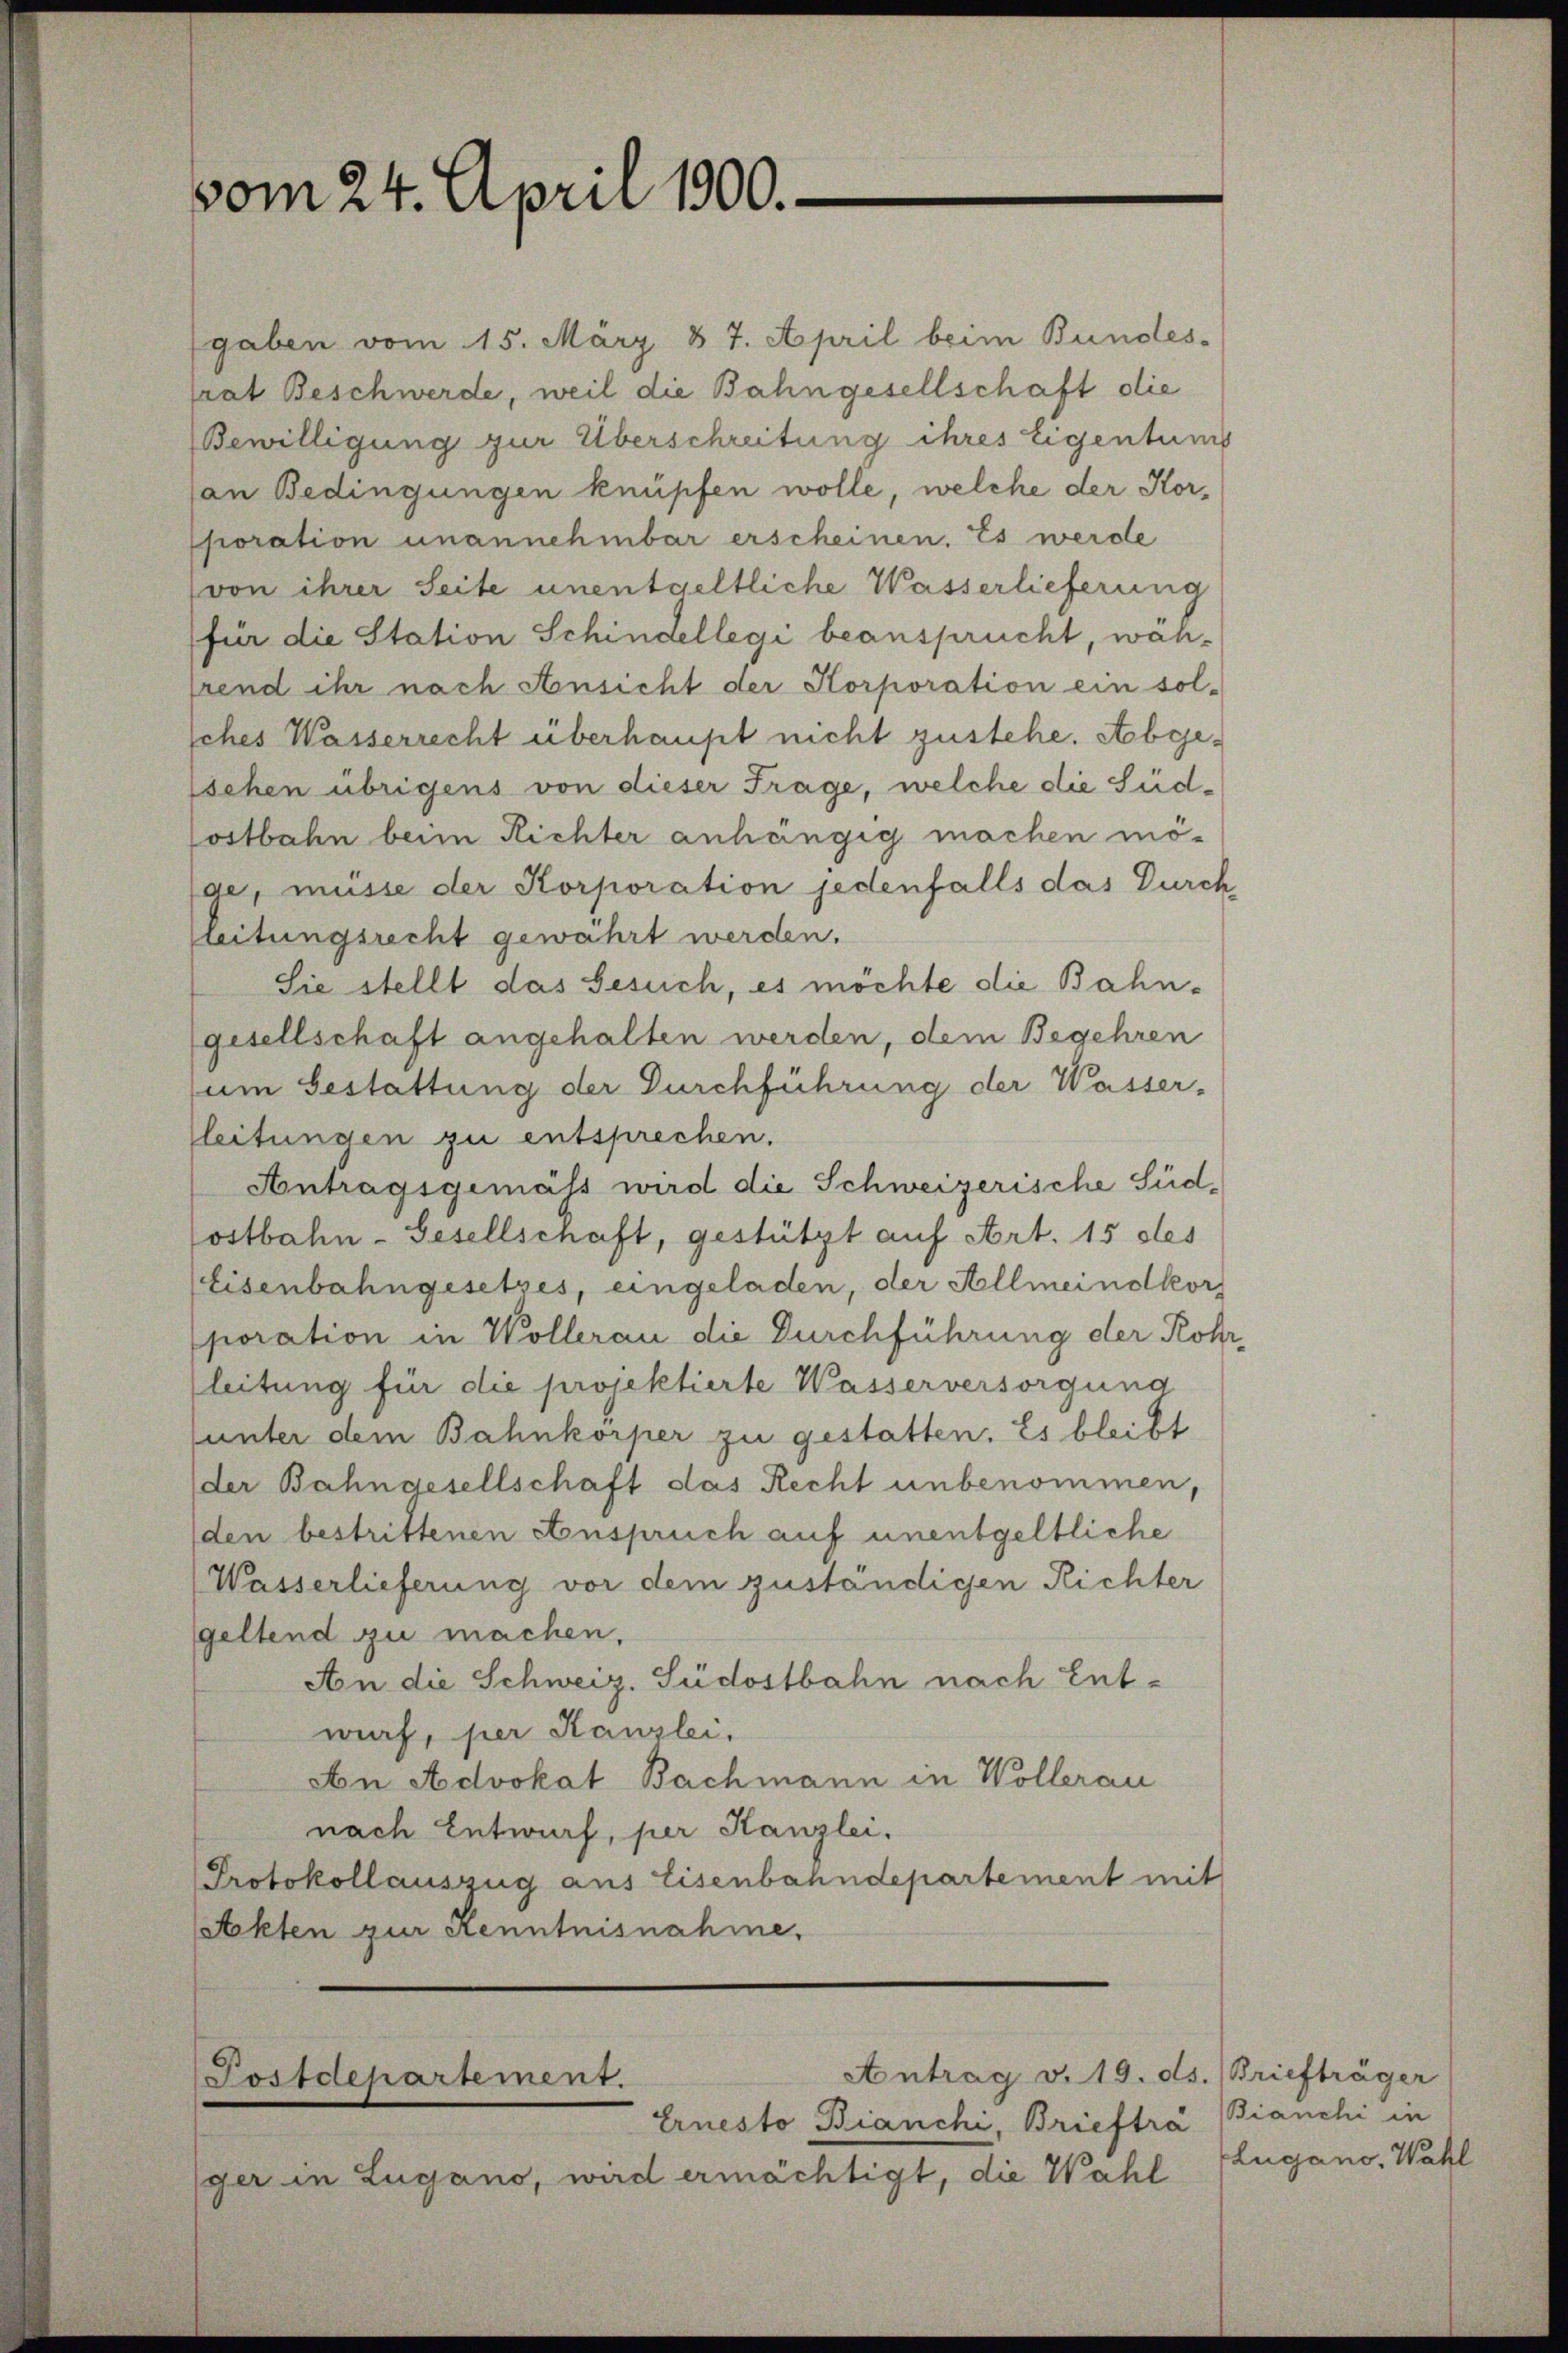
vom 24. April 1900.

gaben vom 15. März 87. April beim Bundes-
trat Beschwerde, weil die Bahngesellschaft die
Bewilligung zur Überschreitung ihres Eigentums
an Bedingungen knüpfen wolle, welche der Korporation unannehmbar erscheinen. Es werde
von ihrer Seite unentgeltliche Wasserlieferung
für die Station Schingellegi beansprucht, wäh-
hrend ihr nach Ansicht der Korporation ein sol-
sches Wasserrecht überhaupt nicht zustehe. Abgessehen übrigens von dieser Frage, welche die Südostbahn beim Richter anhängig machen möge, müsse der Korporation jedenfalls das Durch
leitungsrecht gewährt werden.
Sie stellt das Gesuch, es möchte die Bahngesellschaft angehalten werden, dem Begehren
um Gestattung der Durchführung der Wasser-
leitungen zu entsprechen.
Antragsgemäß wird die Schweizerische Südostbahn-Gesellschaft, gestützt auf Art. 15 des
Eisenbahngesetzes, eingeladen, der Allmeindkorp
poration in Wollerau die Durchführung der Rohr,
leitung für die projektierte Wasserversorgung
unter dem Bahnkorper zu gestatten. Es bleibt
(der Bahngesellschaft das Recht unbenommen,
den bestrittenen Anspruch auf unentgeltliche
(Wasserlieferung vor dem zuständigen Richter
geltend zu machen.
An die Schweiz. Südostbahn nach Entwif, per Kanzlei
An Advokat Bachmann in Wollerau
nach Entwurf, per Kanzlei.
Protokollauszug aus Eisenbahndepartement mit
Stekten zur Kenntnisnahme.

Postdepartement.
Ernesto Bianchi, Briefträ

Antrag v. 19. ds. Briefträger

ger in Lugano, wird ermächtigt, die Wahl

Bianchi in
Lugano. Wahl